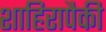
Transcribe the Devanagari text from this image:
शाहिरापैकी